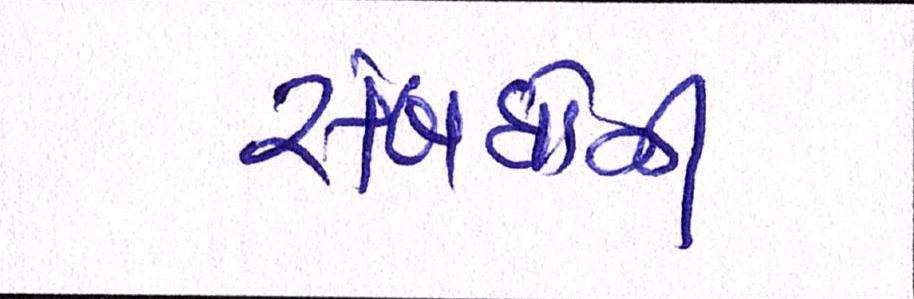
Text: સંબંધોને